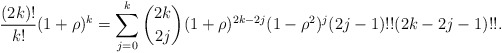
\begin{align*}\frac{(2k)!}{k!}(1+\rho )^{k}=\sum_{j=0}^{k}\binom{2k}{2j}(1+\rho)^{2k-2j}(1-\rho ^{2})^{j}(2j-1)!!(2k-2j-1)!!. \end{align*}